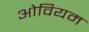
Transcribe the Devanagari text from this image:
ओवियम